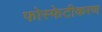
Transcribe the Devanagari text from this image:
फोस्फेटीकरण